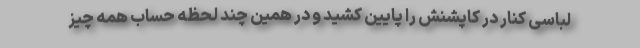
‌لباسی کنار در کاپشنش را پایین کشید و در همین چند لحظه حساب همه چیز